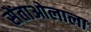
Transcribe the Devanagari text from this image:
सेंताओलाला